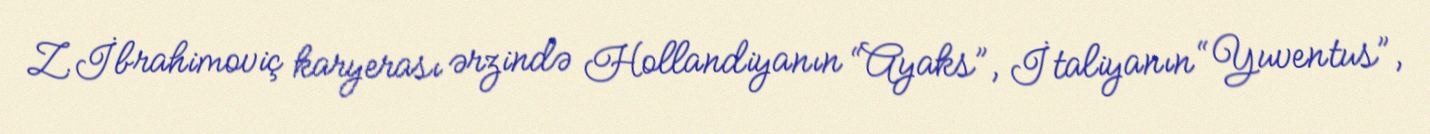
Z.İbrahimoviç karyerası ərzində Hollandiyanın “Ayaks”, İtaliyanın “Yuventus”,